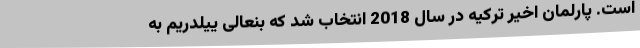
است. پارلمان اخیر ترکیه در سال 2018 انتخاب شد که بنعالی ییلدریم به